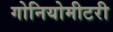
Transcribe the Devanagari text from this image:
गोनियोमीटरी